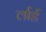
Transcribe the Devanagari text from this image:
र्लार्ड